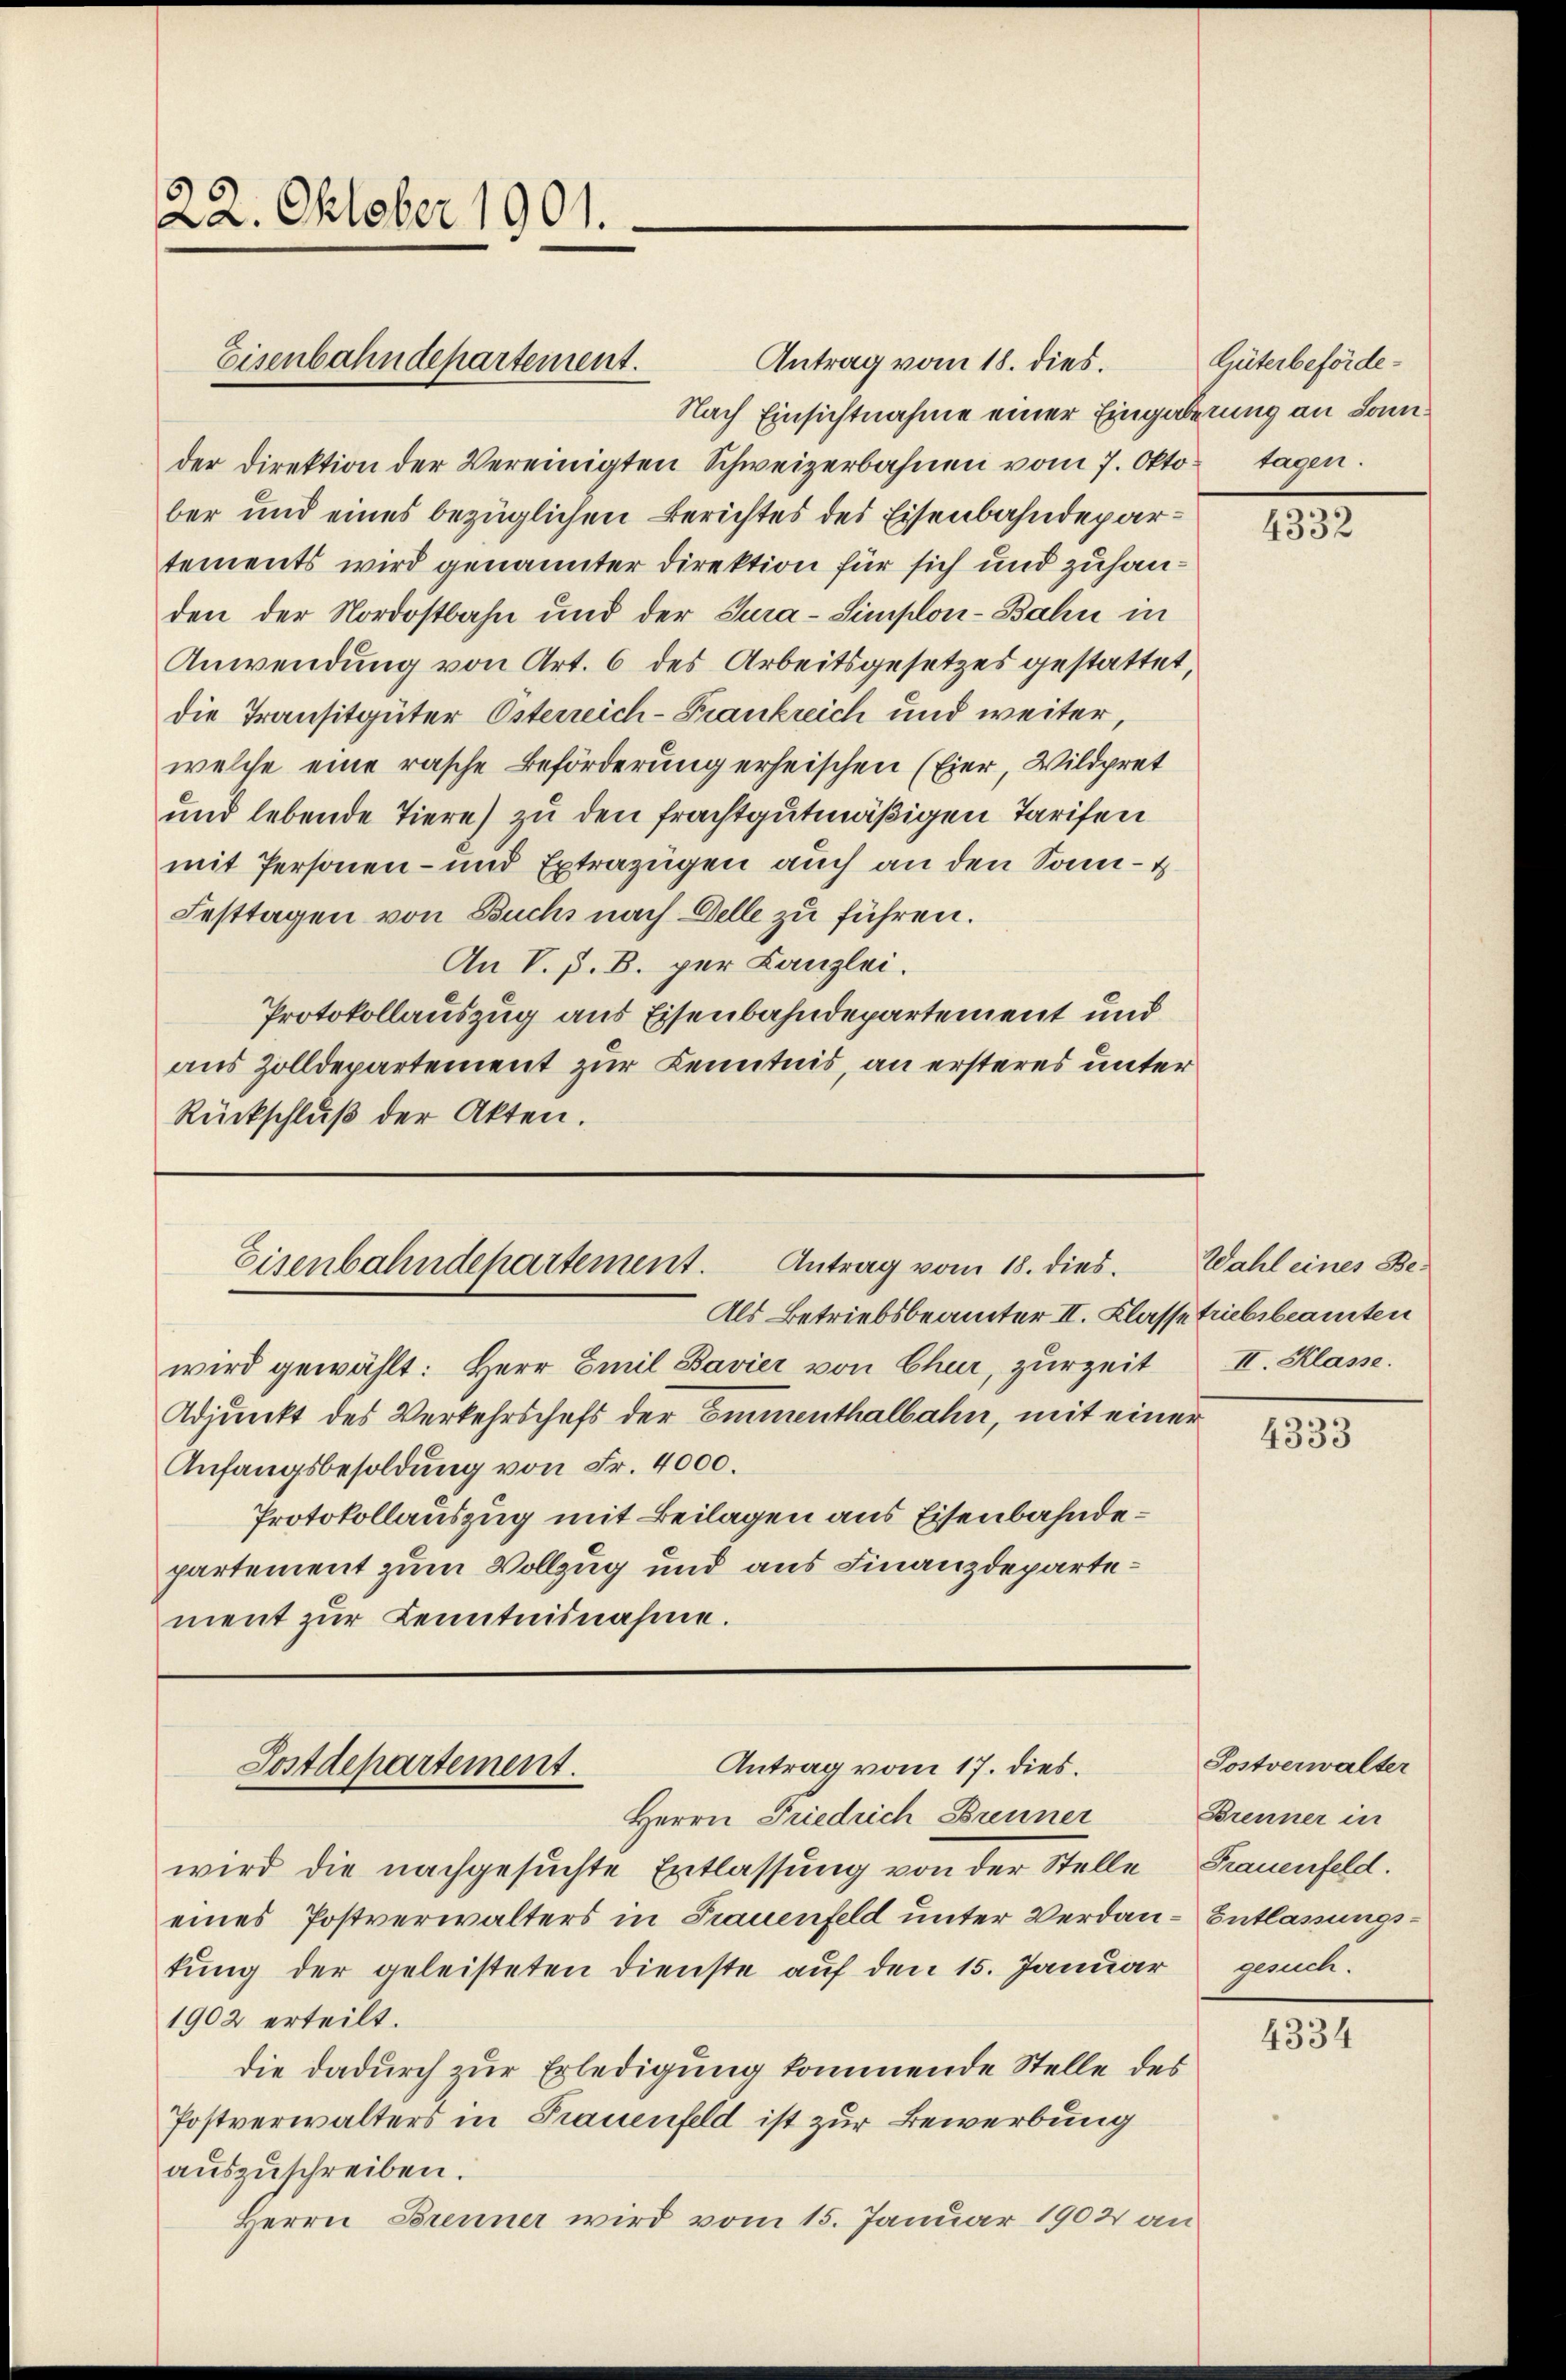
22. Oktober 1901.

Antrag vom 18. dies.
Nach Einsichtnahme einer Eingabenung an Sonnder Direktion der Vereinigten Schweizerbahnen vom 7. Okto. tagen.
ber und eines bezüglichen Berichtes des Eisenbahndepartements wird genannter Direktion für sich und zuhanden der Nordostbahn und der Tura-Simplon-Bahn in
Anwendung von Art. 6 des Arbeitsgesetzes gestattet,
die Transitgüter Österreich-Frankreich und weiter,
welche eine rasche Beförderung erheischen (Eier, Wildpret
und lebende Tiere) zu den frachtgutmäßigen Tarifen
mit Personen- und Extrazügen auch an den Sonn- &
Festtagen von Buchs nach Delle zu führen.
An V. P. B. per Kanzlei.
Protokollauszug aus Eisenbahndepartement und
aus Zolldepartement zur Kenntnis, an ersteres unter
Rückschluß der Akten.

Eisenbahndepartement.

Eisenbahndepartement. Antrag vom 18. dies

Antrag vom 17. dies.
Postdepartement.

Als Betriebsbeamter II. Klasse triebsbeamten
wird gewählt: Herr Emil Bavier von Chur, zŭrzeit II. Klasse.
Adjunkt des Verkehrschefs der Emmenthalbahn, mit einer
Anfangsbesoldung von Fr. 4000.
Protokollauszug mit Beilagen aus Eisenbahndepartement zum Vollzug und aus Finanzdepartement zur Kenntnisnahme.

Wahl eines Be-

Herrn Friedrich Brenner
wird die nachgesuchte Entlassung von der Stelle Frauenfeld.
eines Postverwalters in Frauenfeld unter Verdan-Entlassungskung der geleisteten Dienste auf den 15. Januar
1902 erteilt.
die dadurch zur Erledigung kommende Stelle des
Postverwalters in Frauenfeld ist zur Bewerbung
aŭszŭschreiben.
Herrn Brenner wird vom 15. Januar 1902 an

Güterbeförde

4332

4333

Sostverwalter
Brenner in
genun.

4334